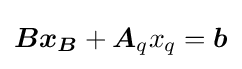
{\boldsymbol {Bx_{B}}}+{\boldsymbol {A}}_{q}x_{q}={\boldsymbol {b}}